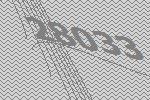
28033